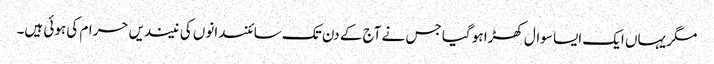
مگر یہاں ایک ایسا سوال کھڑا ہو گیا جس نے آج کے دن تک سائنسدانوں کی نیندیں حرام کی ہوئی ہیں۔